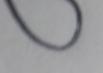
Signature authenticity: forged